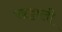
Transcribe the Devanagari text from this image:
खट्टाली